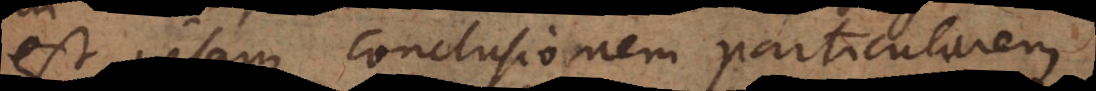
est ipsam conclusionem particularem